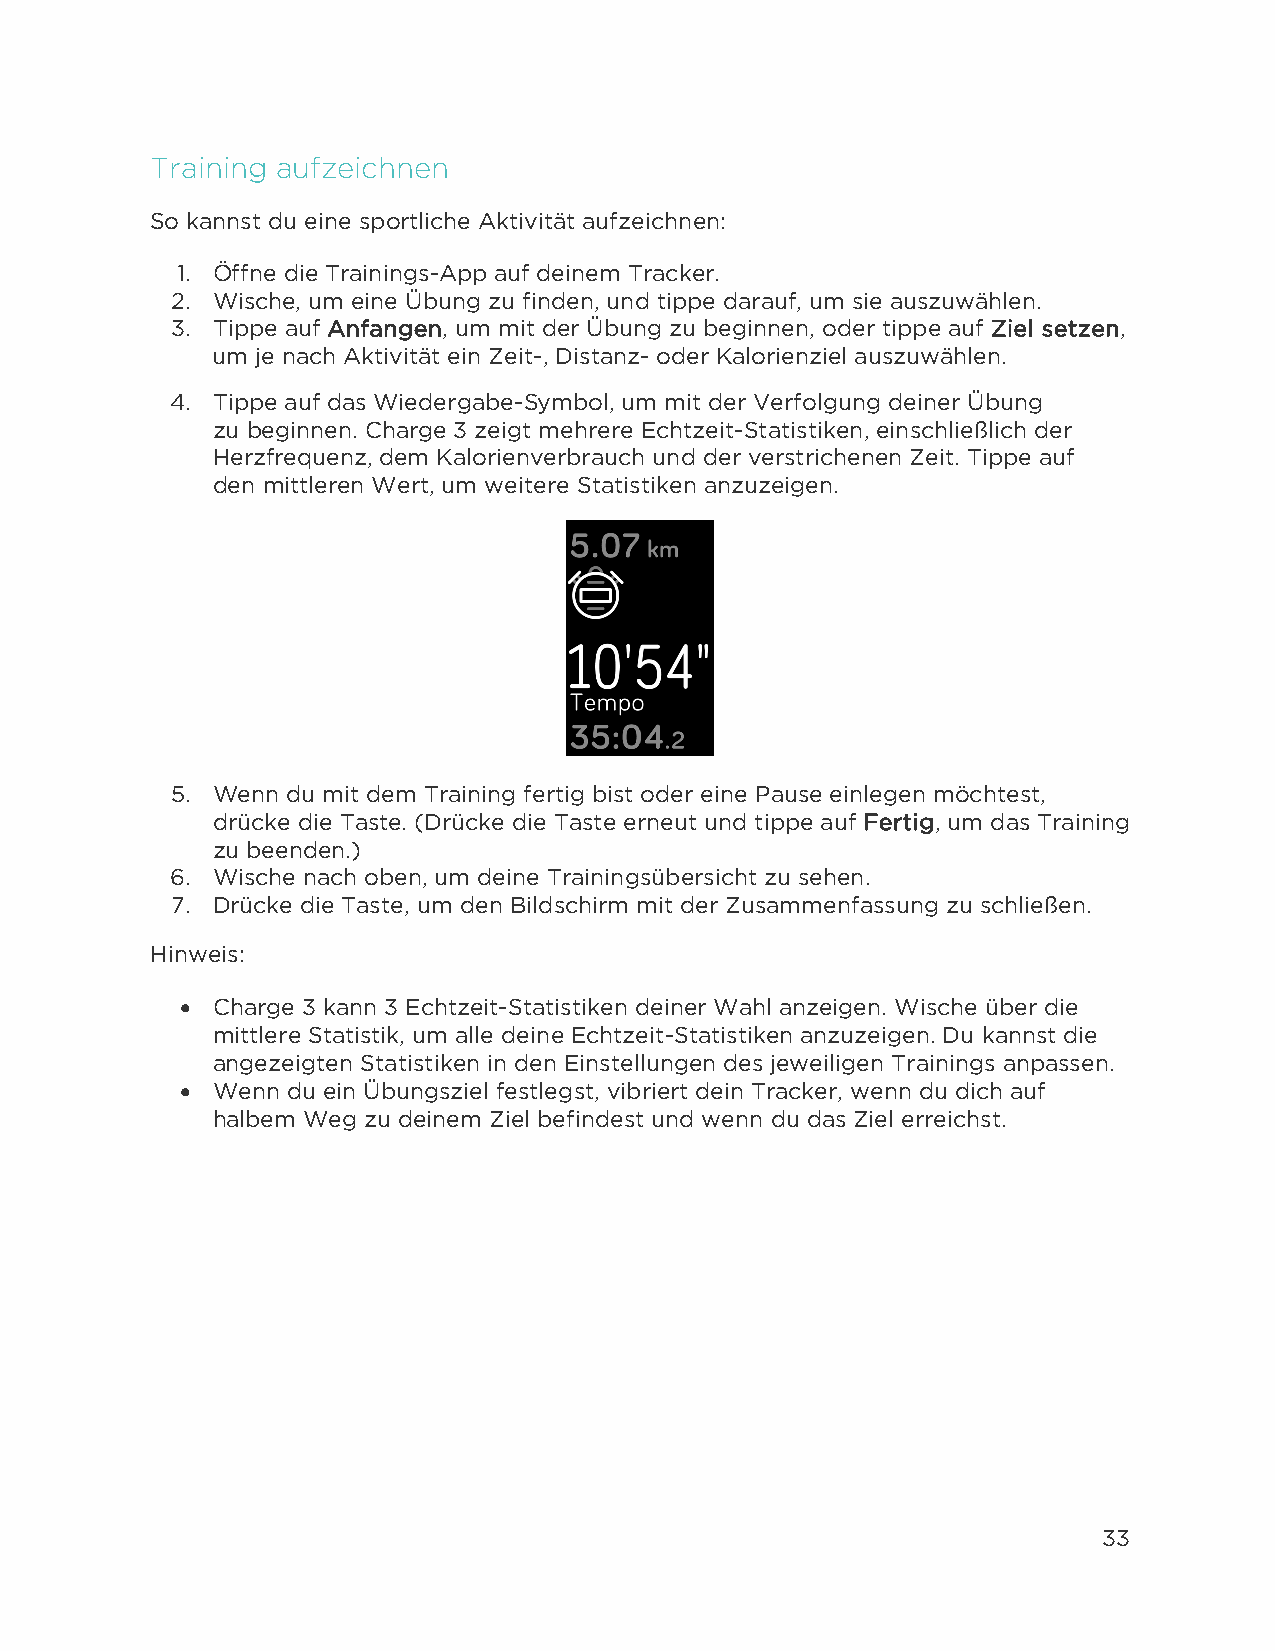
Training aufzeichnen
 So kannst du eine sportliche Aktivität aufzeichnen:
 1. Öffne die Trainings-App auf deinem Tracker.
 2. Wische, um eine Übung zu finden, und tippe darauf, um sie auszuwählen.
 3. Tippe auf Anfangen, um mit der Übung zu beginnen, oder tippe auf Ziel setzen,
 um je nach Aktivität ein Zeit-, Distanz- oder Kalorienziel auszuwählen.
 4. Tippe auf das Wiedergabe-Symbol, um mit der Verfolgung deiner Übung
 zu beginnen. Charge 3 zeigt mehrere Echtzeit-Statistiken, einschließlich der
 Herzfrequenz, dem Kalorienverbrauch und der verstrichenen Zeit. Tippe auf
 den mittleren Wert, um weitere Statistiken anzuzeigen.
 5. Wenn du mit dem Training fertig bist oder eine Pause einlegen möchtest,
 drücke die Taste. (Drücke die Taste erneut und tippe auf Fertig, um das Training
 zu beenden.)
 6. Wische nach oben, um deine Trainingsübersicht zu sehen.
 7. Drücke die Taste, um den Bildschirm mit der Zusammenfassung zu schließen.
 Hinweis:
 • Charge 3 kann 3 Echtzeit-Statistiken deiner Wahl anzeigen. Wische über die
 mittlere Statistik, um alle deine Echtzeit-Statistiken anzuzeigen. Du kannst die
 angezeigten Statistiken in den Einstellungen des jeweiligen Trainings anpassen.
 • Wenn du ein Übungsziel festlegst, vibriert dein Tracker, wenn du dich auf
 halbem Weg zu deinem Ziel befindest und wenn du das Ziel erreichst.
 33